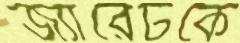
জ্যারেটকে